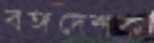
বঙ্গদেশক